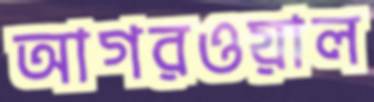
আগরওয়াল